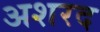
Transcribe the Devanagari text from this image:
अशरद